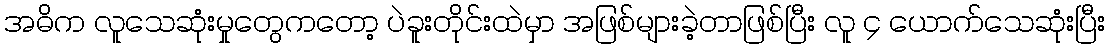
အဓိက လူသေဆုံးမှုတွေကတော့ ပဲခူးတိုင်းထဲမှာ အဖြစ်များခဲ့တာဖြစ်ပြီး လူ ၄ ယောက်သေဆုံးပြီး